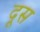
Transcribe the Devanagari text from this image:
दूस